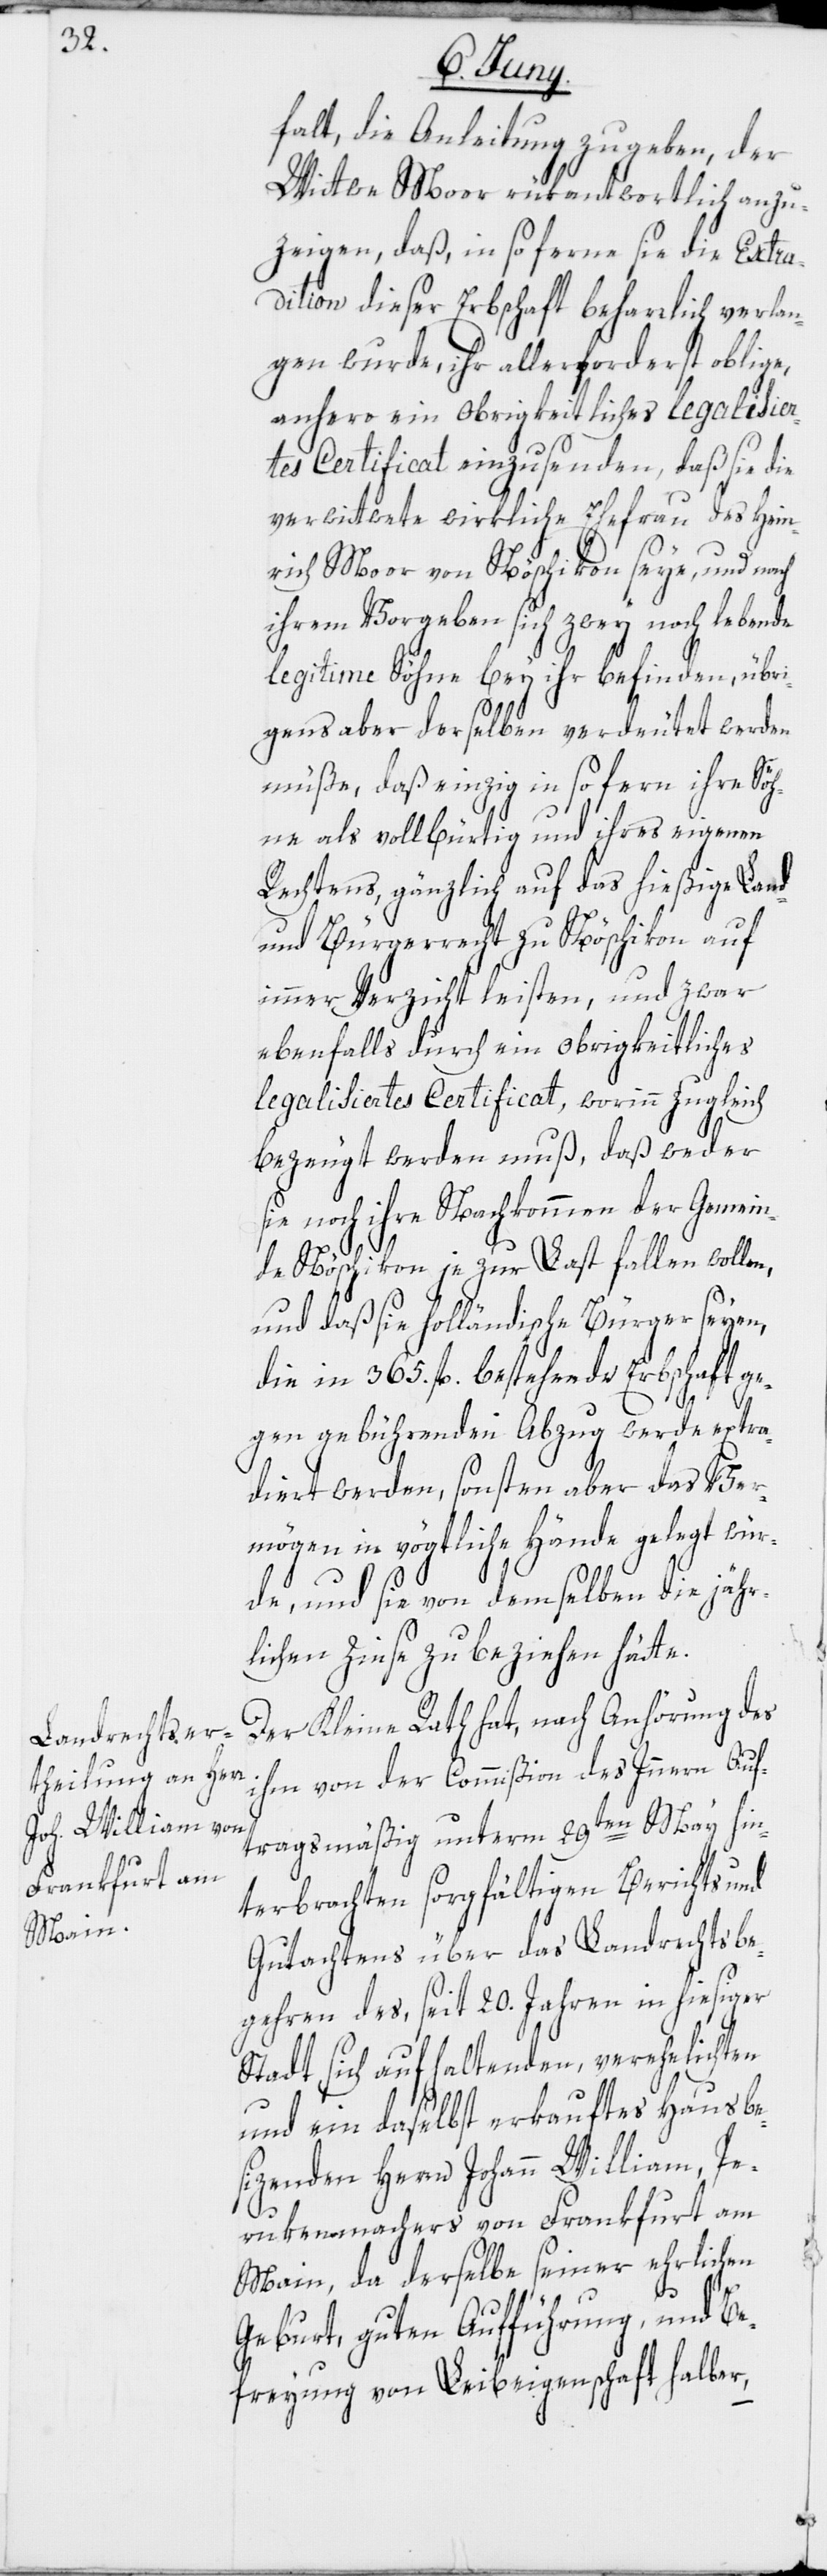
falt, die Anleitung zu geben, der
Wittwe Moor rükantwortlich anzu¬
zeigen, daß, in so ferne sie die Extra¬
dition dieser Erbschaft beharrlich verlan¬
gen wurde, ihr allervorderst oblige,
anhero ein obrigkeitliches legalisier¬
tes Certificat einzusenden, daß sie die
verwittwete wirkliche Ehefrau des Hein¬
rich Moor von Nöschikon seye, und nach
ihrem Vorgeben sich zwey noch lebende
legitime Söhne bey ihr befinden, übri¬
gens aber derselben verdeutet werden
müße, daß einzig in so fern ihre Söh¬
ne als vollbürtig und ihres eigenen
Rechtens, gänzlich auf das hießige Land-
und Bürgerrecht zu Nöschikon auf
immer Verzicht leisten, und zwar
ebenfalls durch ein obrigkeitliches
legalisiertes Certificat, worinn zugleich
bezeugt werden muß, daß weder
sie noch ihre Nachkommen der Gemein¬
de Nöschikon je zur Last fallen wollen,
und daß sie holländische Bürger seyen,
die in 365. fl. bestehende Erbschaft ge¬
gen gebührenden Abzug werde extra¬
diert werden, sonsten aber das Ver¬
mögen in vögtliche Hände gelegt wür¬
de, und sie von demselben die jähr¬
lichen Zinse zu beziehen hätte.
Der Kleine Rath hat, nach Anhörung des
ihm von der Commißion des Innern Auf¬
tragsmäßig unterm 29ten May hin¬
terbrachten sorgfältigen Berichts und
Gutachtens über das Landrechtsbe¬
gehren des, seit 20. Jahren in hiesiger
Stadt sich aufhaltenden, verehelichten
und ein daselbst erkauftes Haus be¬
sizenden Herrn Johann William, Pe¬
rukenmachers von Frankfurt am
Main, da derselbe seiner ehrlichen
Geburt, guten Aufführung, und Be¬
freyung von Leibeigenschaft halber,